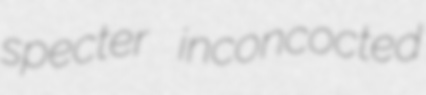
specter inconcocted